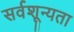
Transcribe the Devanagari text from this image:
सर्वशून्यता